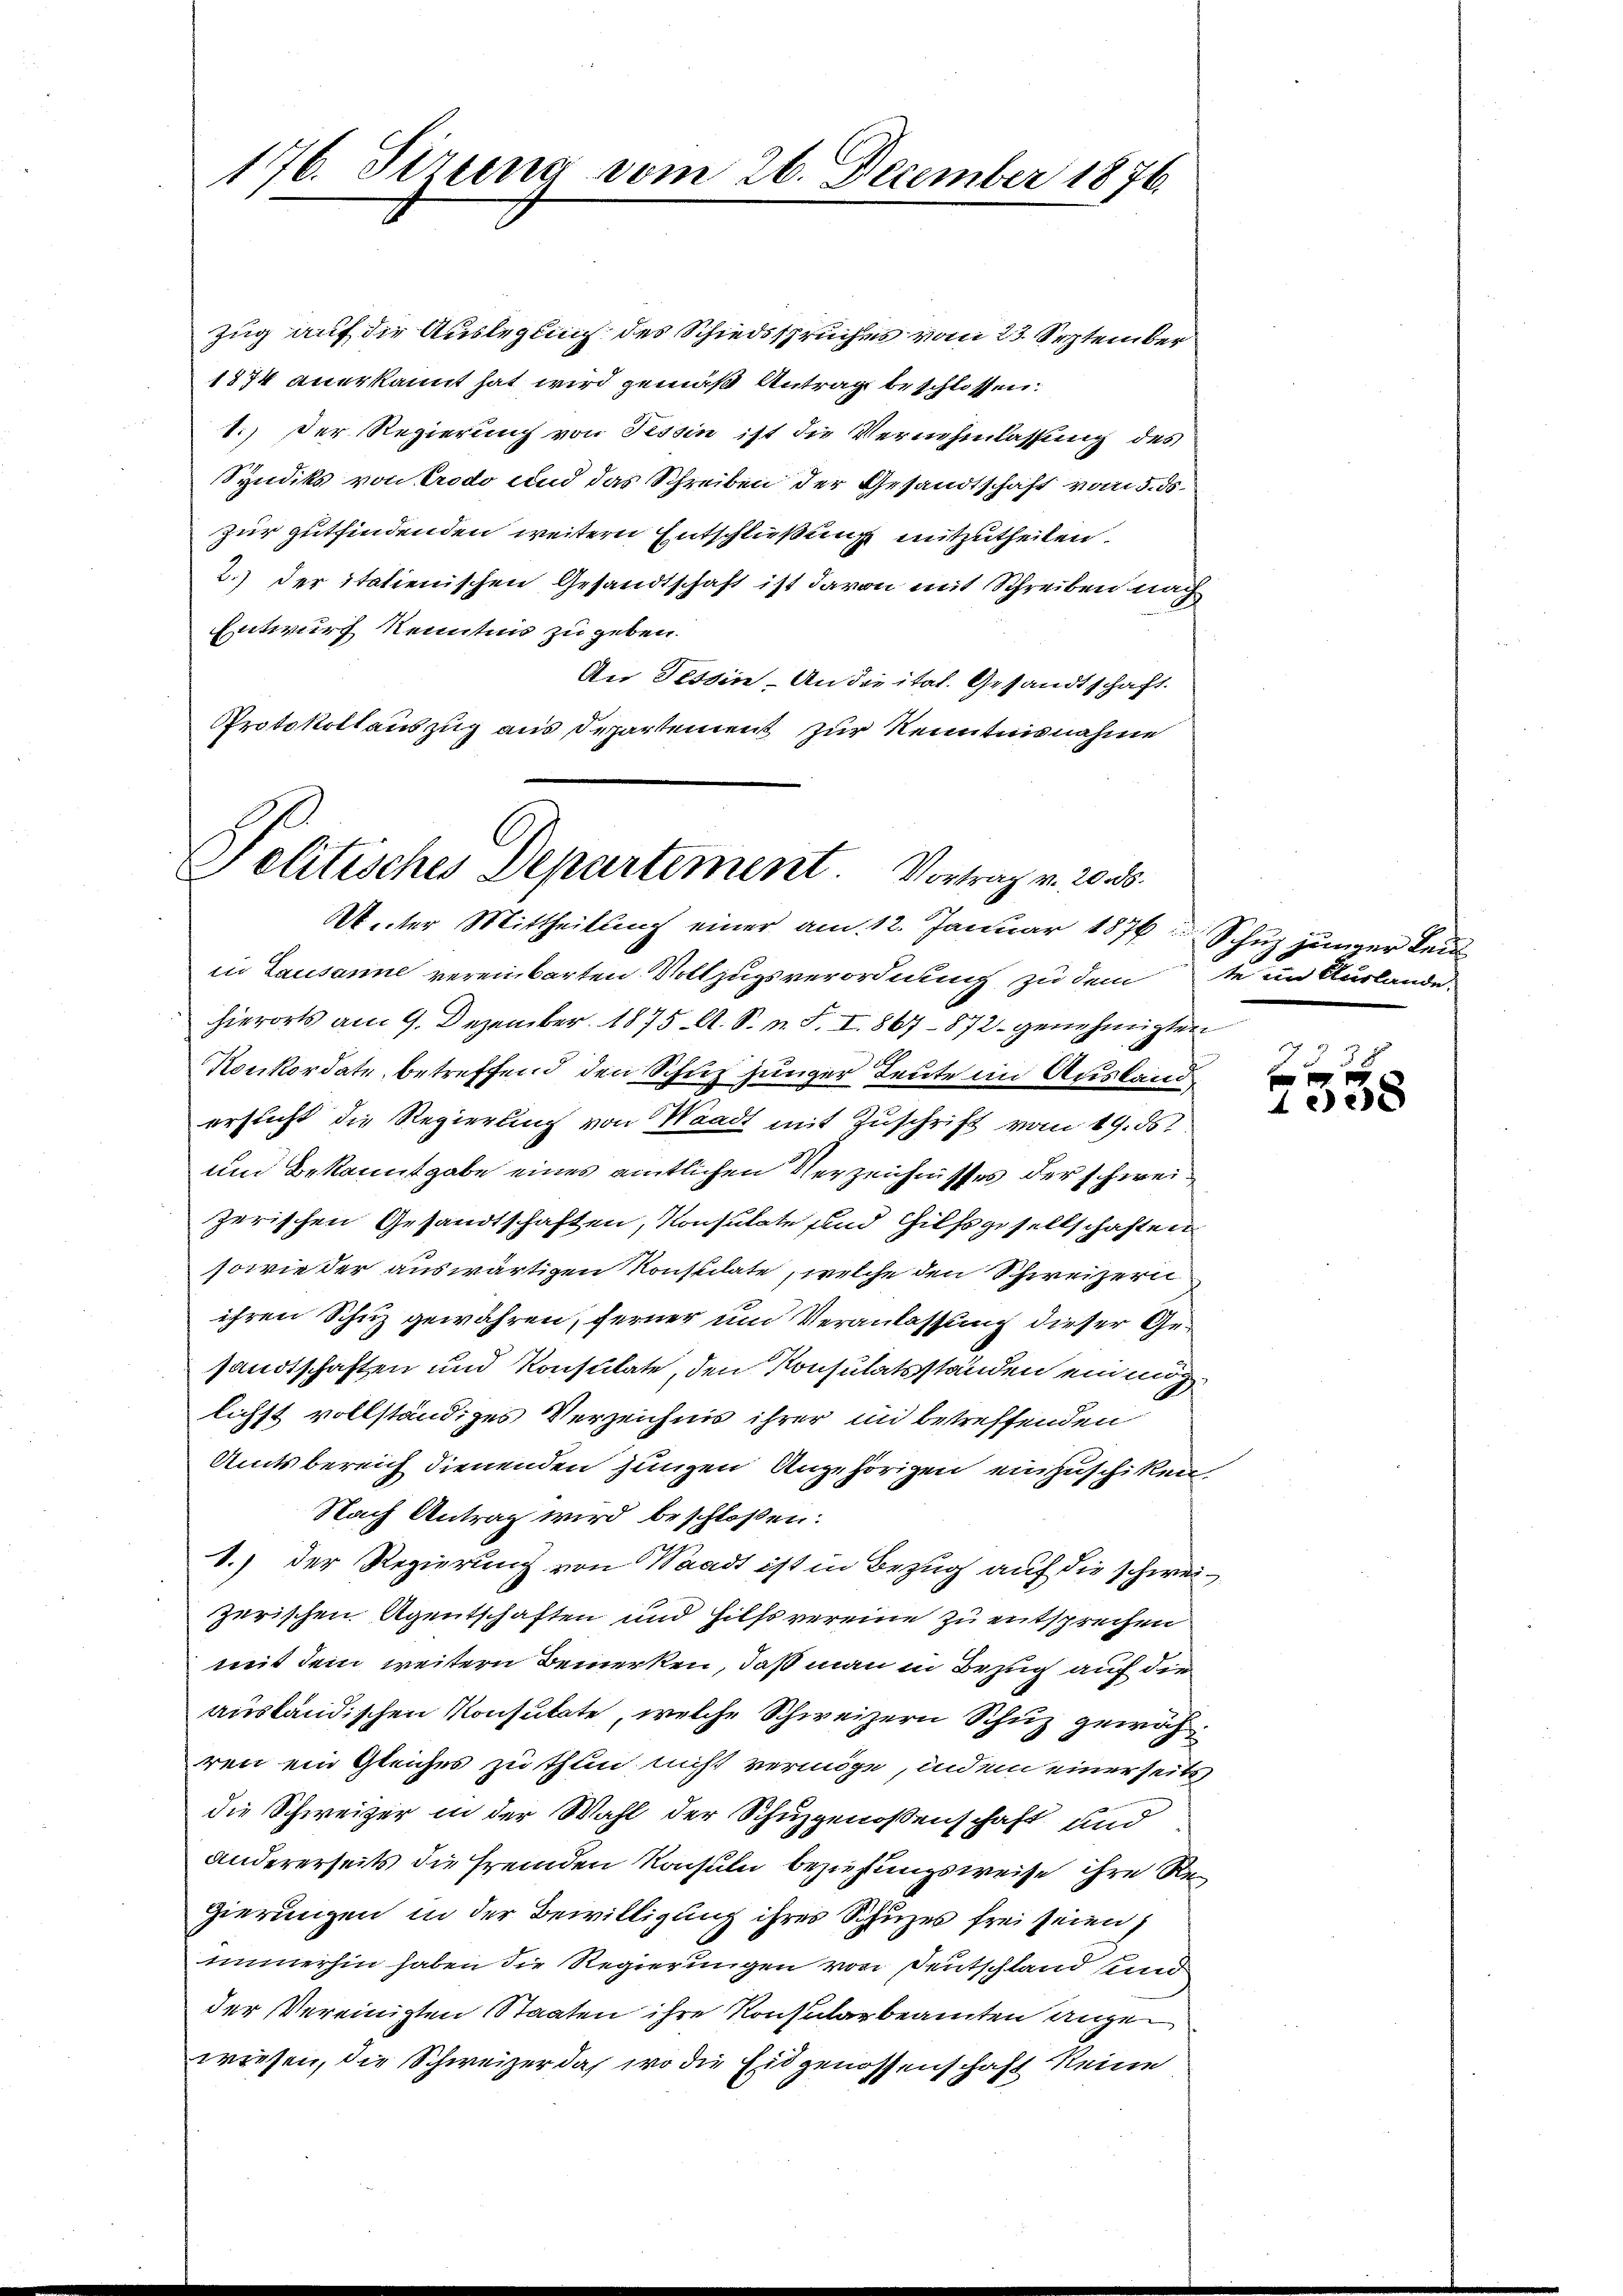
176. Sizung vom 26. December 1876.

Zug auf die Ausleglung des Schiedsspruches vom 23. September
1874 anerkannt hat wird gemäß Antrag beschlossen:
1.) Der Regierung von Tessin ist die Vernehmlassung des
Syndiks von Crodo und das Schreiben der Gesandtschaft vom 5. ds.
zur gutfindenden weitern Entschließung mitzutheilen.
2.) der italienischen Gesandtschaft ist davon mit Schreiben nach
Entwurf Kenntnis zu geben.
An Tessin. An die ital. Gesandtschaft.
Protokollauszug aus Departement zur Kenntnisnahme
Unter Mittheilung einer am 12. Januar 1876. Schuz junger kei
in Lausanne vereinbarten Vollzugsverordnung zu dem se in Auslande
hierorts am 9. Dezember 1875. A. S. n. F. I. 867 - 872 genehmigten
Konkordate, betreffend den Schuz jünger Leute im Ausland,
ersucht die Regierung von Waadt mit Zuschrift vom 19. ds.
und Bekanntgabe eines amtlichen Verzeichnisses der schweizerischen Gesandtschaften, Konsulate und Hilfsgesellschaften
sowie der auswärtigen Konstilate, welche den Schweizern
ihren Schuz gewähren, ferner und Veranlassung dieser Gesandtschaften und Konsulate, den Konsulatsständen ein ung
lichst vollständiges Verzeichnis ihrer in betreffenden
Undesbereich dienenden Jungen Angehörigen einzuschiken
Nach Antrag wird beschloßen:
1.) Der Regierung von Waadt ist in Bezug auf die schweizerischen Agentschaften und Hilfs vereine zu entsprechen
mit dem weitern Bemerken, daß man in Bezug auf die
ausländischen Konsutate, welche Schweizern Schuz gewäh
ren ein Gleiches zu thun nicht vermöge, indem einerseits
die Schweizer in der Wahl der Schuzgenoßenschaft und
andererseits die Fremden Konsuln beziehungsweise ihre Regierungen in der Bewilligung ihres Schuzes frei seien,
immerhin haben die Regierungen von Deutschland sind
der Vereinigten Staaten ihre Konsularbeamten angewiesen, die Schweizer das wo die Eidgenossenschaft keine

Politisches Departement. Vortrag v. 20.

7738
f x
18